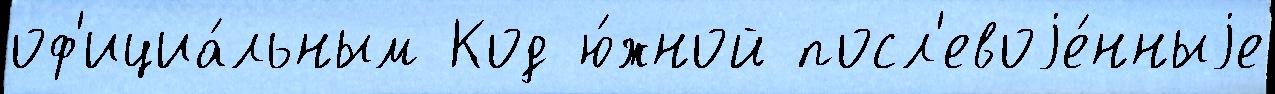
оф'ициа́льным Код ю́жной посл'евоjе́нныjе